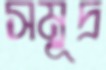
সমূদ্র